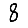
Digit: 8